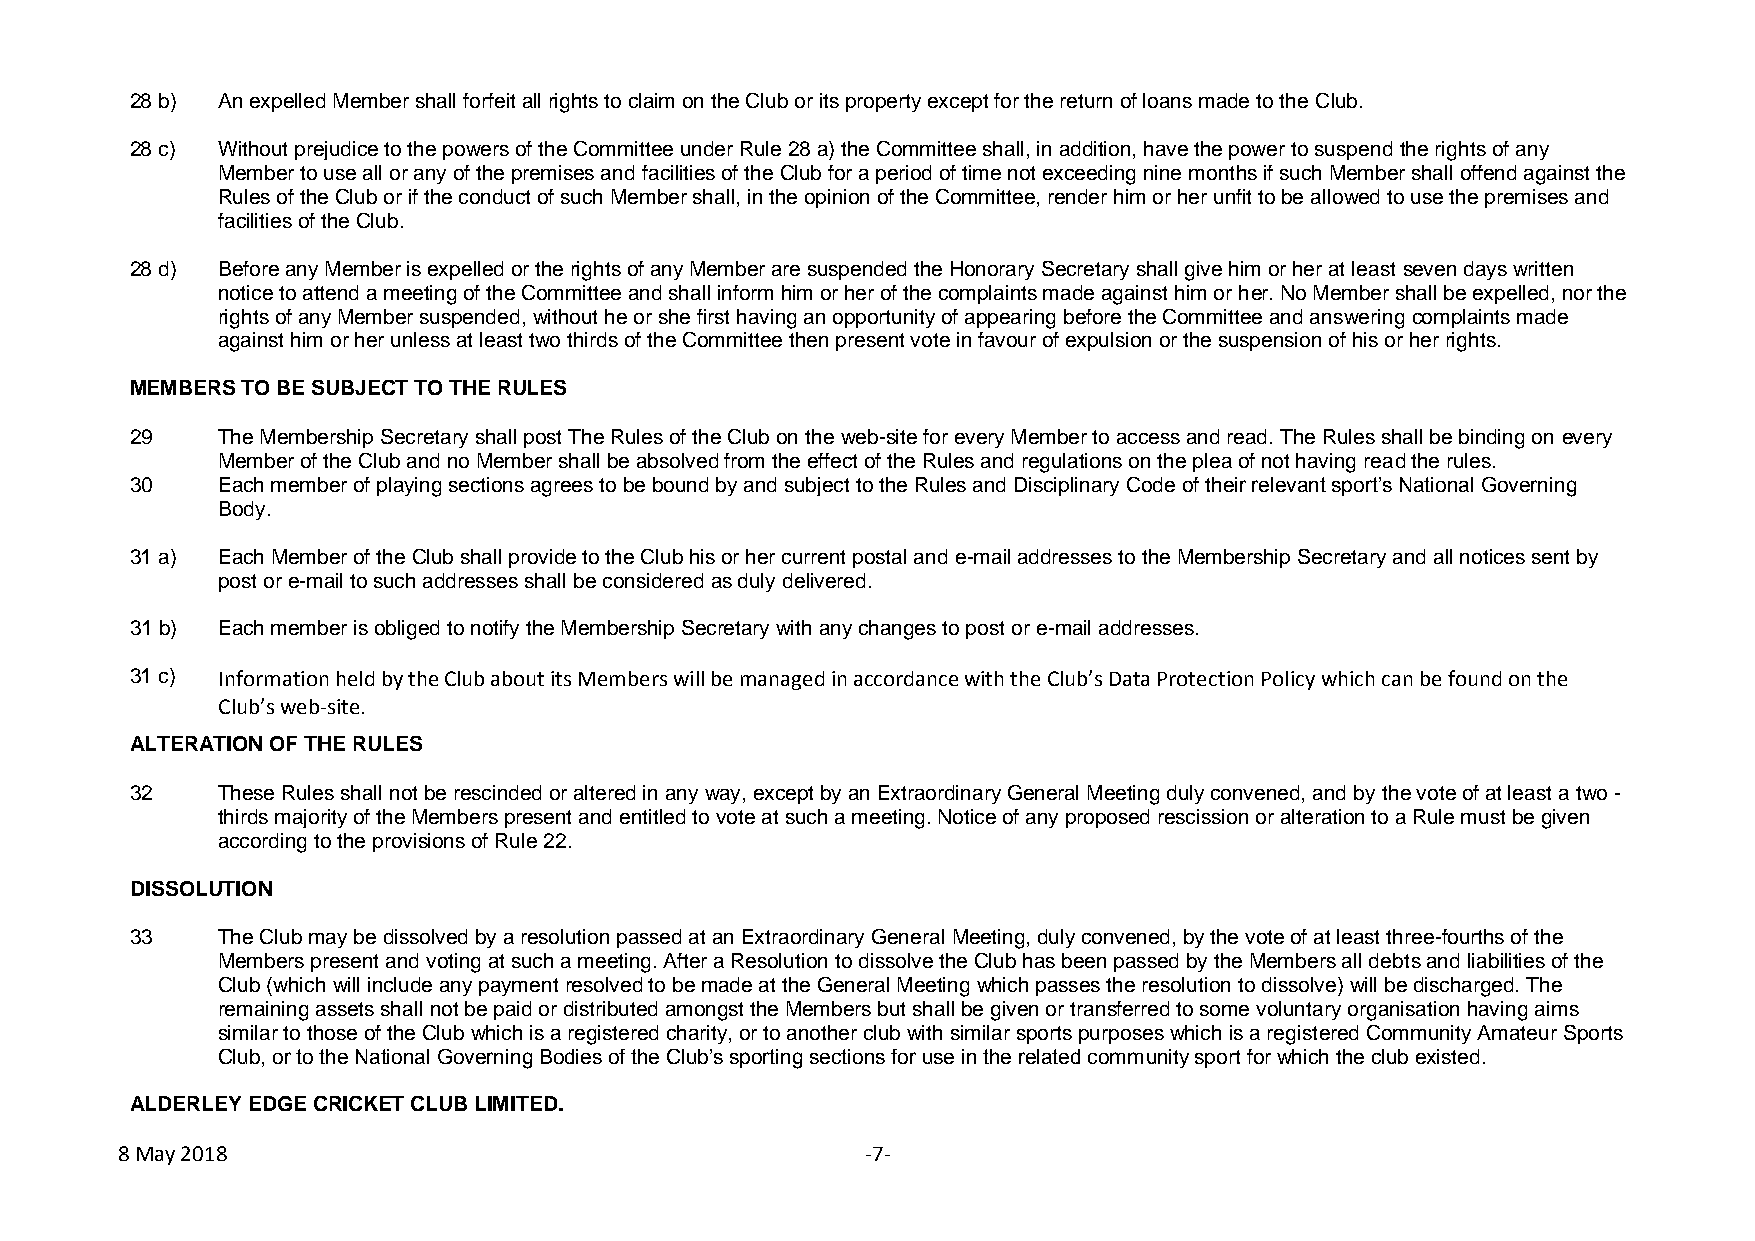
28 b) An expelled Member shall forfeit all rights to claim on the Club or its property except for the return of loans made to the Club.
 28 c) Without prejudice to the powers of the Committee under Rule 28 a) the Committee shall, in addition, have the power to suspend the rights of any
 Member to use all or any of the premises and facilities of the Club for a period of time not exceeding nine months if such Member shall offend against the
 Rules of the Club or if the conduct of such Member shall, in the opinion of the Committee, render him or her unfit to be allowed to use the premises and
 facilities of the Club.
 28 d) Before any Member is expelled or the rights of any Member are suspended the Honorary Secretary shall give him or her at least seven days written
 notice to attend a meeting of the Committee and shall inform him or her of the complaints made against him or her. No Member shall be expelled, nor the
 rights of any Member suspended, without he or she first having an opportunity of appearing before the Committee and answering complaints made
 against him or her unless at least two thirds of the Committee then present vote in favour of expulsion or the suspension of his or her rights.
 MEMBERS TO BE SUBJECT TO THE RULES
 29   The Membership Secretary shall post The Rules of the Club on the web-site for every Member to access and read. The Rules shall be binding on every
 Member of the Club and no Member shall be absolved from the effect of the Rules and regulations on the plea of not having read the rules.
 30   Each member of playing sections agrees to be bound by and subject to the Rules and Disciplinary Code of their relevant sport’s National Governing
 Body.
 31 a) Each Member of the Club shall provide to the Club his or her current postal and e-mail addresses to the Membership Secretary and all notices sent by
 post or e-mail to such addresses shall be considered as duly delivered.
 31 b) Each member is obliged to notify the Membership Secretary with any changes to post or e-mail addresses.
 31 c) Information held by the Club about its Members will be managed in accordance with the Club’s Data Protection Policy which can be found on the
 Club’s web-site.
 ALTERATION OF THE RULES
 32   These Rules shall not be rescinded or altered in any way, except by an Extraordinary General Meeting duly convened, and by the vote of at least a two -
 thirds majority of the Members present and entitled to vote at such a meeting. Notice of any proposed rescission or alteration to a Rule must be given
 according to the provisions of Rule 22.
 DISSOLUTION
 33   The Club may be dissolved by a resolution passed at an Extraordinary General Meeting, duly convened, by the vote of at least three-fourths of the
 Members present and voting at such a meeting. After a Resolution to dissolve the Club has been passed by the Members all debts and liabilities of the
 Club (which will include any payment resolved to be made at the General Meeting which passes the resolution to dissolve) will be discharged. The
 remaining assets shall not be paid or distributed amongst the Members but shall be given or transferred to some voluntary organisation having aims
 similar to those of the Club which is a registered charity, or to another club with similar sports purposes which is a registered Community Amateur Sports
 Club, or to the National Governing Bodies of the Club’s sporting sections for use in the related community sport for which the club existed.
 ALDERLEY EDGE CRICKET CLUB LIMITED.
 8 May 2018                                       -7-